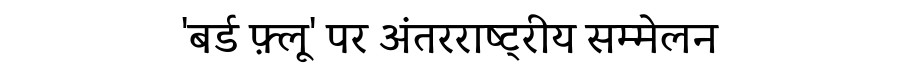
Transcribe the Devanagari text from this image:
'बर्ड फ़्लू' पर अंतरराष्ट्रीय सम्मेलन